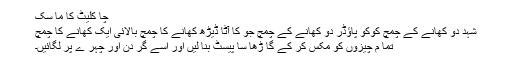
چا کلیٹ کا ما سک
شہد دو کھانے کے چمچ کوکو پاؤڈر دو کھانے کے چمچ جو کا آٹا ڈیڑھ کھانے کا چمچ بالائی ایک کھانے کا چمچ
تما م چیزوں کو مکس کر کے گا ڑھا سا پیسٹ بنا لیں اور اسے گر دن اور چہر ے پر لگائیں۔